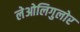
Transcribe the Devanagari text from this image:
लेओलिगुलोर